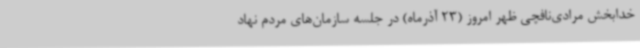
خدابخش مرادی‌نافچی ظهر امروز (23 آذرماه) در جلسه سازمان‌های مردم نهاد